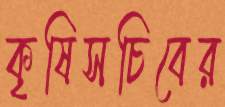
কৃষিসচিবের